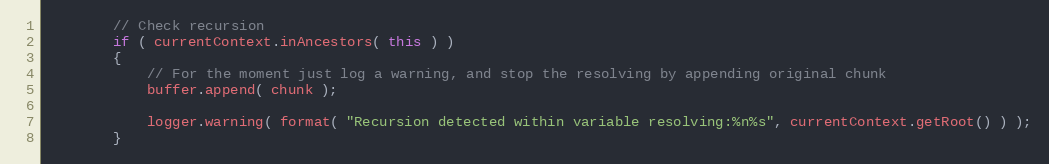
Language: Java
        // Check recursion
        if ( currentContext.inAncestors( this ) )
        {
            // For the moment just log a warning, and stop the resolving by appending original chunk
            buffer.append( chunk );

            logger.warning( format( "Recursion detected within variable resolving:%n%s", currentContext.getRoot() ) );
        }